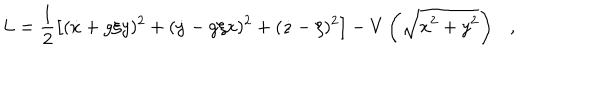
L = \frac { 1 } { 2 } \left[ ( \dot { x } + g \xi y ) ^ { 2 } + ( \dot { y } - g \xi x ) ^ { 2 } + ( \dot { z } - \xi ) ^ { 2 } \right] - V \left( \sqrt { x ^ { 2 } + y ^ { 2 } } \right) \ \ \ ,